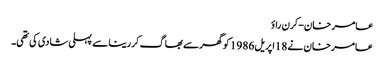
عامر خان-کرن راؤ
عامر خان نے 18اپریل 1986 کو گھرسے بھاگ کررینا سے پہلی شادی کی تھی۔